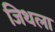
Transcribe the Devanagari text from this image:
जिथला